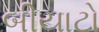
બીયાટો